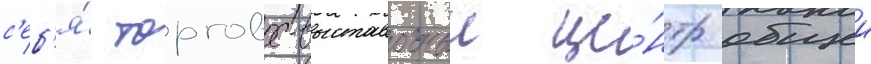
с'еб'я́ торгово-выставочныи це́нтр общеи